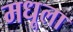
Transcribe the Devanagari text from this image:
मधूला